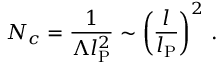
N _ { c } = \frac { 1 } { \Lambda l _ { \mathrm { P } } ^ { 2 } } \sim \left( \frac { l } { l _ { \mathrm { P } } } \right) ^ { 2 } \, .